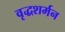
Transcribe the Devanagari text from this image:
वृद्धशर्मन